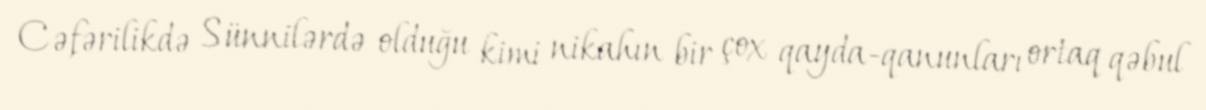
Cəfərilikdə Sünnilərdə olduğu kimi nikahın bir çox qayda-qanunları ortaq qəbul